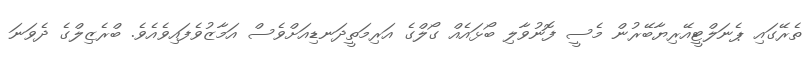
ތެރޭގައި ޕެނަލްޓީއޭރިޔާބޭރުން މެސީ ފޮނުވާލި ބޯޅައެއް ގޯލްގެ އަރިމަތީދަނޑިއަށްވެސް އަމާޒުވެފައިވެއެވެ. ބްރެޒިލްގެ ދެވަނަ